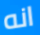
انه